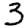
Digit: 3